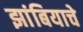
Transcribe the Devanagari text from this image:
झांबियाचे